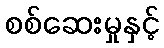
စစ်ဆေးမှုနှင့်